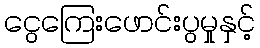
ငွေကြေးဖောင်းပွမှုနှင့်